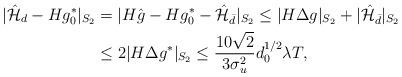
LaTeX: \begin{align*} |\hat{\mathcal{H}}_d -H g_0^*|_{S_2} &=|H\hat{g} -H g_0^* - \hat{\mathcal{H}}_{\bar{d}}|_{S_2} \leq |H\Delta g|_{S_2} + |\hat{\mathcal{H}}_{\bar{d}}|_{S_2} \\ &\leq 2|H\Delta g^*|_{S_2} \leq \frac{10\sqrt{2}}{3\sigma_u^2}d_0^{1/2}\lambda T,\end{align*}